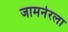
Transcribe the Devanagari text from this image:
जामनेरला